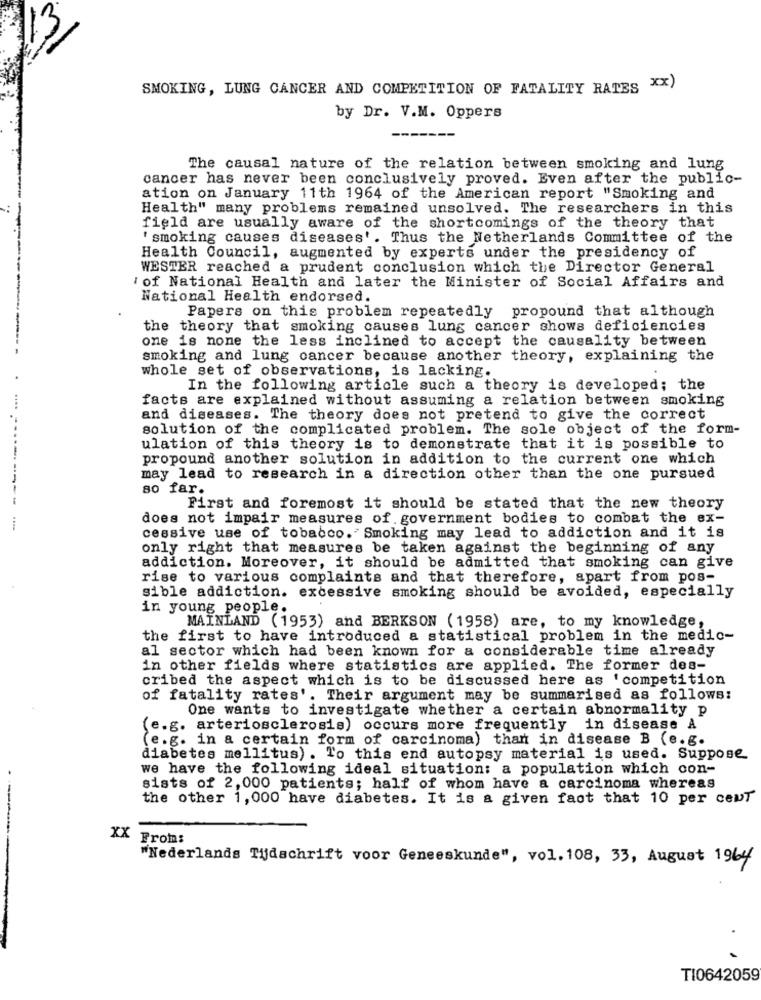
SMOKING, LUNG CANCER AND COMPETITION OF FATALITY RATES XX)
by Dr. V.M. Oppers
The causal nature of the relation between smoking and lung
cancer has never been conclusively proved. Even after the public-
ation on January 11th 1964 of the American report "Smoking and
Health" many problems remained unsolved. The researchers in this
field are usually aware of the shortcomings of the theory that
' smoking causes diseases'. Thus the Netherlands Committee of the
Health Council, augmented by experts under the presidency of
WESTER reached a prudent conclusion which the Director General
' of National Health and later the Minister of Social Affairs and
National Health endorsed.
Papers on this problem repeatedly propound that although
the theory that smoking causes lung cancer shows deficiencies
one is none the less inclined to accept the causality between
smoking and lung cancer because another theory, explaining the
whole set of observations, is lacking.
.
In the following article such a theory is developed; the
facts are explained without assuming a relation between smoking
and diseases. The theory does not pretend to give the correct
solution of the complicated problem. The sole object of the form-
ulation of this theory is to demonstrate that it is possible to
propound another solution in addition to the current one which
may lead to research in a direction other than the one pursued
so far.
First and foremost it should be stated that the new theory
does not impair measures of government bodies to combat the ex-
cessive use of tobacco. Smoking may lead to addiction and it is
only right that measures be taken against the beginning of any
addiction. Moreover, it should be admitted that smoking can give
rise to various complaints and that therefore, apart from pos-
sible addiction. excessive smoking should be avoided, especially
in young people.
MAINLAND (1953) and BERKSON (1958) are, to my knowledge,
the first to have introduced a statistical problem in the medic-
al sector which had been known for a considerable time already
in other fields where statistics are applied. The former des-
cribed the aspect which is to be discussed here as 'competition
of fatality rates'. Their argument may be summarised as follows:
One wants to investigate whether a certain abnormality p
(e.g. arteriosclerosis) occurs more frequently in disease A
(e.g. in a certain form of carcinoma) than in disease B (e.g.
diabetes mellitus). To this end autopsy material is used. Suppose
we have the following ideal situation: a population which con-
sists of 2,000 patients; half of whom have a carcinoma whereas
the other 1, 000 have diabetes. It is a given fact that 10 per cent
XX From:
"Nederlands Tijdschrift voor Geneeskunde", vol. 108, 33, August 1964
TI0642059